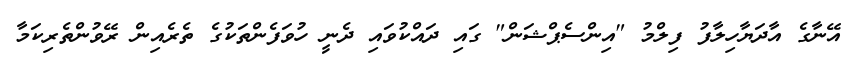
އޭނާގެ އާދަޔާހިލާފު ފިލްމު "އިންސެޕްޝަން" ގައި ދައްކުވައި ދެނީ ހުވަފެންތަކުގެ ތެރެއިން ރޭވުންތެރިކަމާ